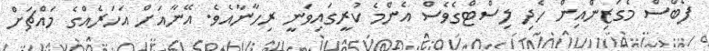
ފޯބްސް މެގަޒިންއިން ހެދި ލިސްޓްގެވެސް އެންމެ ކުރީގައިވަނީ ރިހާނާއެވެ. އޭނާއަށް އަހަރެއްގެ މައްޗަށް